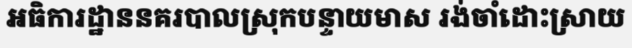
អធិការដ្ឋាននគរបាលស្រុកបន្ទាយមាស រង់ចាំដោះស្រាយ